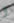
و